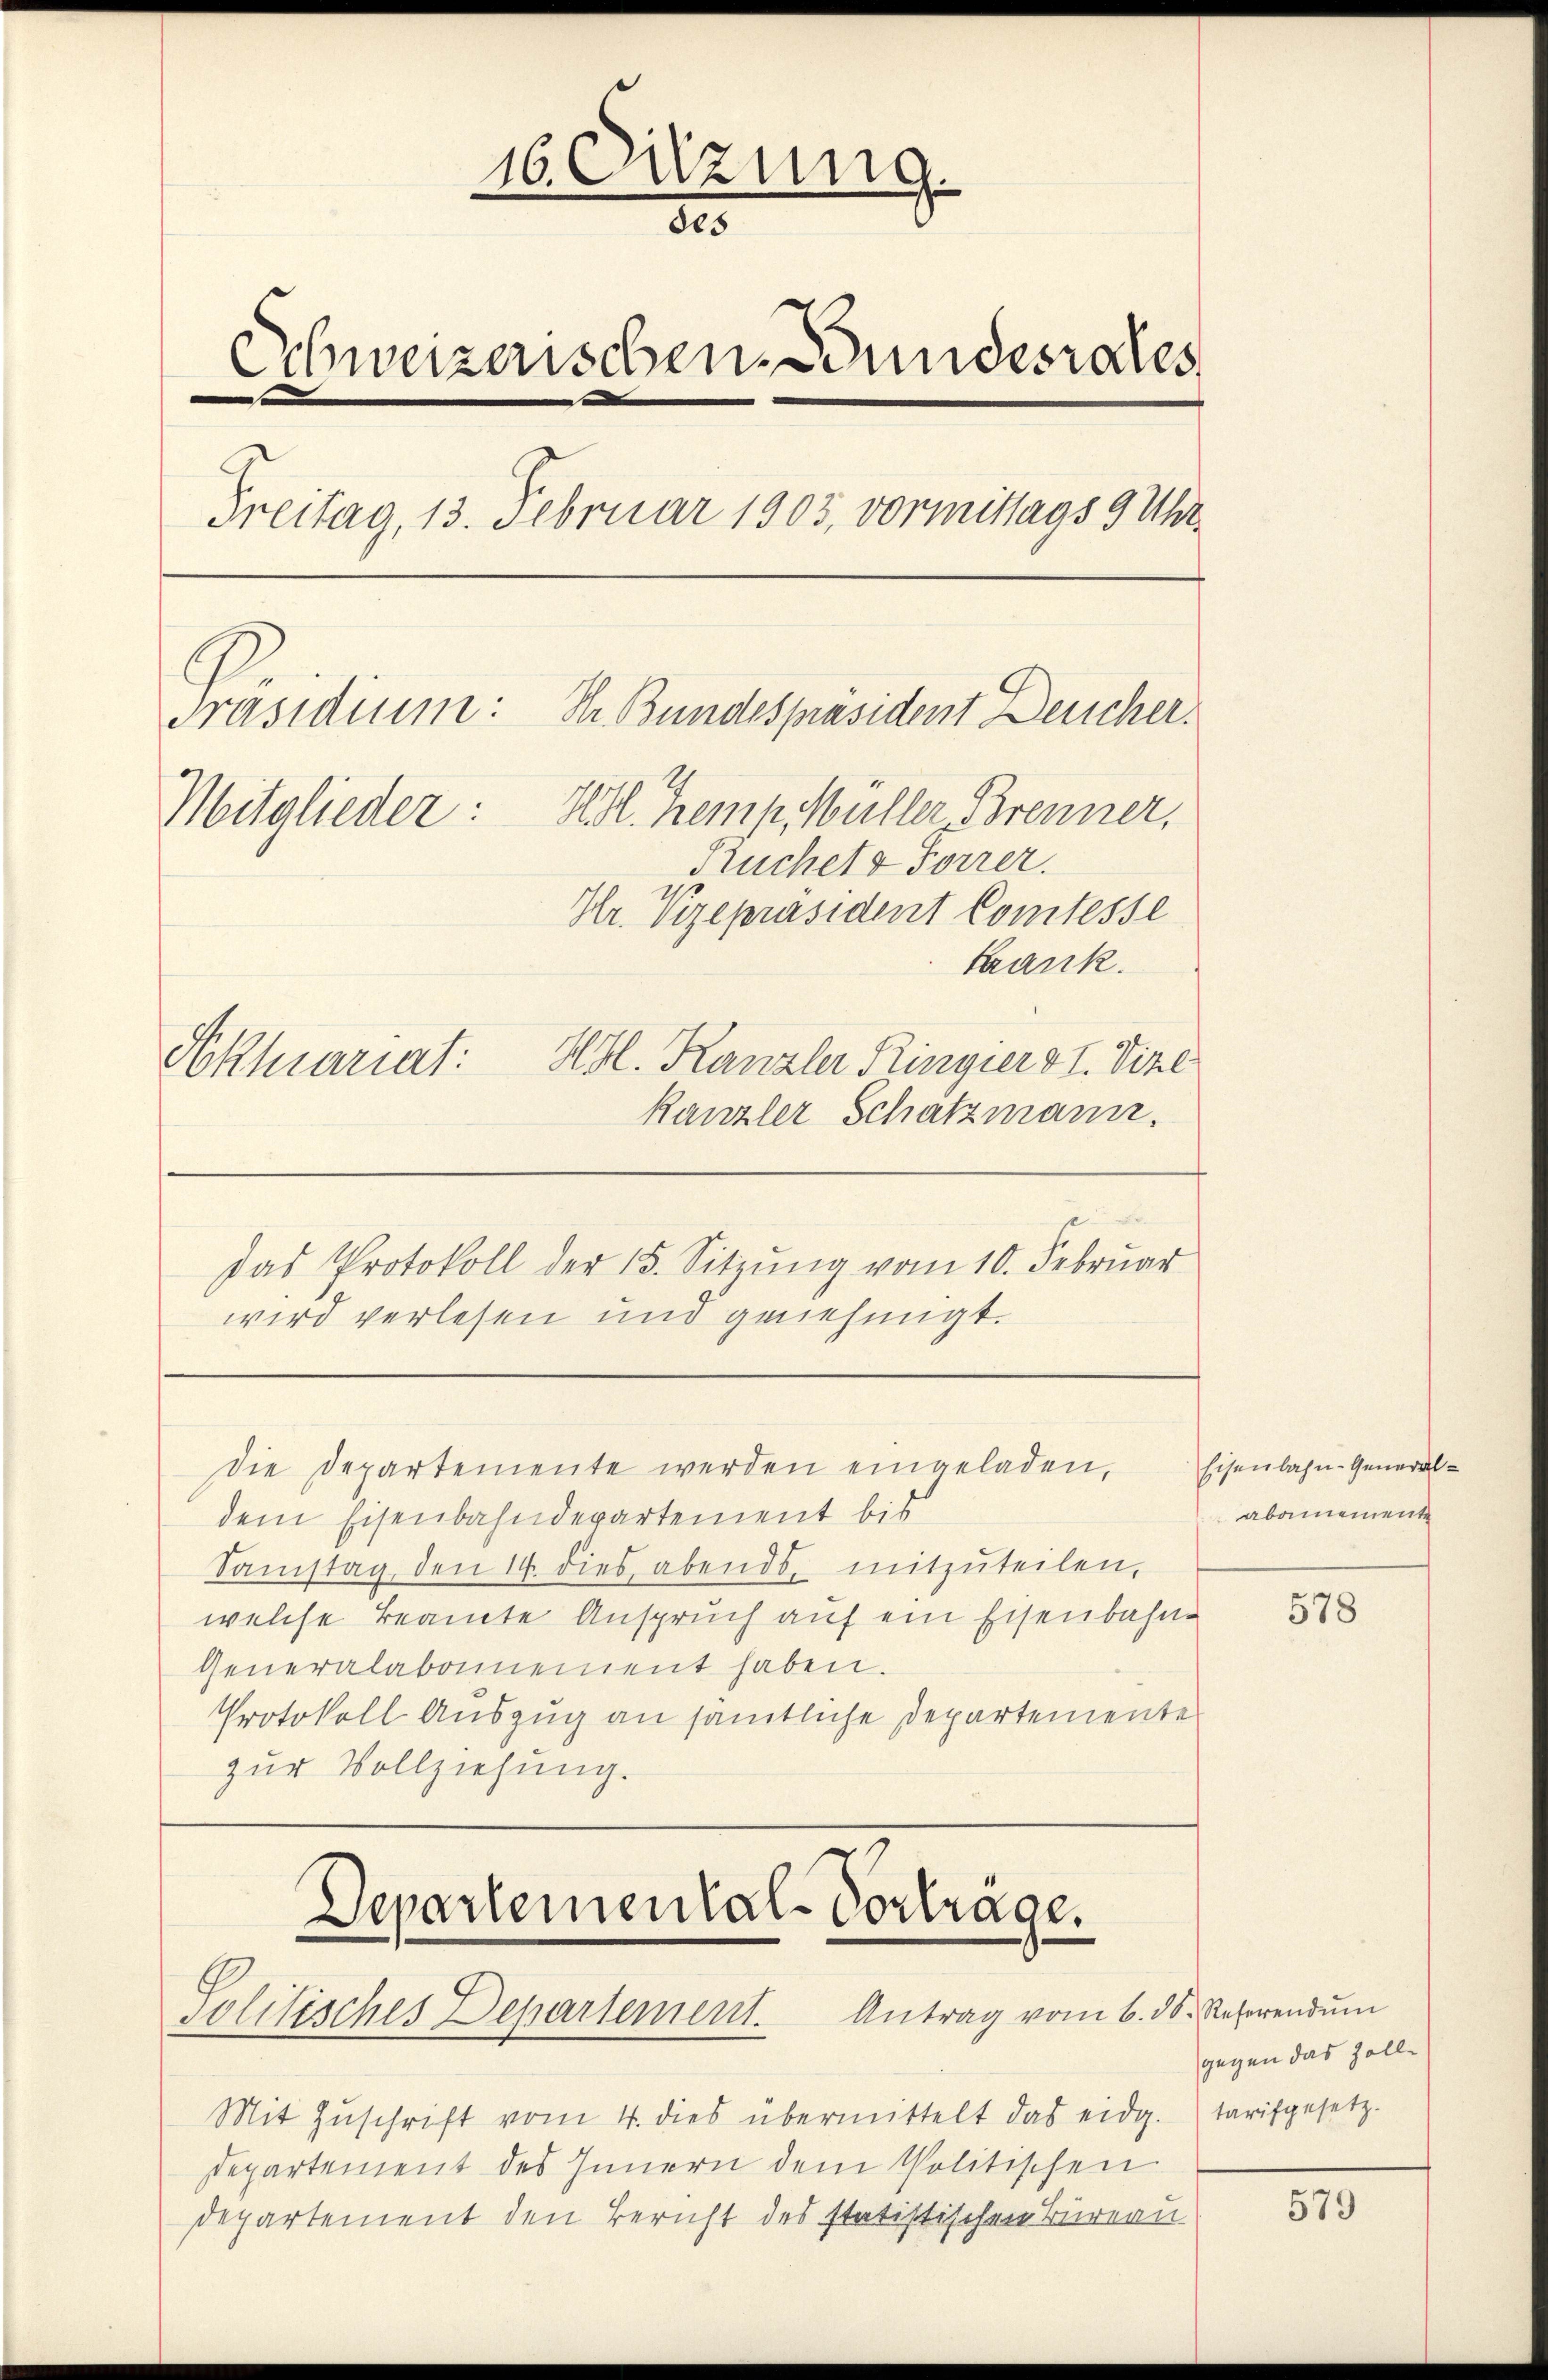
16 Dizung.
des
Schweizerischen Bundesrates
|
Freitag, 13. Februar 1903, vormittags 9 Uhr
Präsidium: Dr. Bundespräsident Deucher.
Mitglieder: Abl. Kemp. Müller Brenner,
Ruchels Forrer.
Hr. Vizepräsident Comtesse
krank.
HHl. Kanzler Ringier II. Vize
Aklariat:
Kanzler Schatzmann.

wird verlesen und genehmigt.
die Departemente werden eingeladen,
dem Eisenbahndepartement bis
Samstag, den 14. dies abends, mitzŭteilen,
welche Beamte Anspruch auf ein Eisenbahn¬
Generalabonnement haben.
Protokoll Auszug an sämtliche Departemente
zur Vollziehung.

Das Protokoll der 15. Sitzung vom 10. Februar

Departemental-Vortrage.
Solitisches Departement. Antrag vom 6. ds. Referendum

Mit Zŭschrift vom 4. dies übermittelt das eidg. tarifgesetz.
departement des Innern dem Politischen
Departement den Bericht des statistischen Bureau

Eisenbahn- General-
abamemente

578

gegen das Zoll¬

579